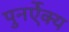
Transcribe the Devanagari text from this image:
पुनर्ऐक्य